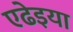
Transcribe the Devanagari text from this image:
एढेइया